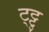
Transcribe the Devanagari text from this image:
ट्ट्टु